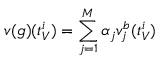
v ( g ) ( t _ { V } ^ { i } ) = \sum _ { j = 1 } ^ { M } \alpha _ { j } v _ { j } ^ { b } ( t _ { V } ^ { i } )